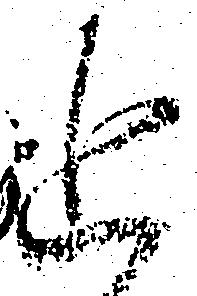
追